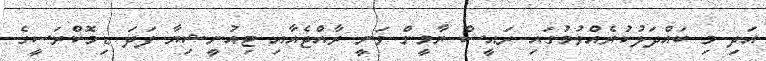
އަދި މި ބައްދަލުކުރެއްވުމުގައި ރައީސް ޔާމީން ވަނީ ރާއްޖެއާއި ޓިއުނީޝިޔާ ފަދަ ޑިމޮކްރަސީގެ